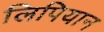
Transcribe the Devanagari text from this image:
लिपियान